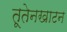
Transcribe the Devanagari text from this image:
तूतेनखाटन